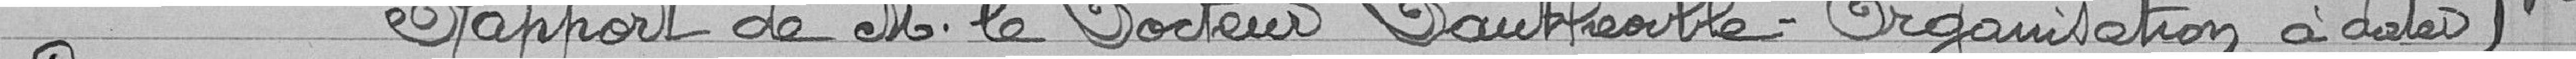
Rapport de M. le Docteur Dautheville - Organisation à dater